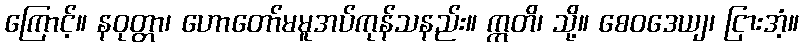
ကြောင့်။ နဝုတ္တာ၊ ဟောတော်မမူအပ်ကုန်သနည်း။ ဣတိ၊ သို့။ စေဝဒေယျ၊ ငြားအံ့။